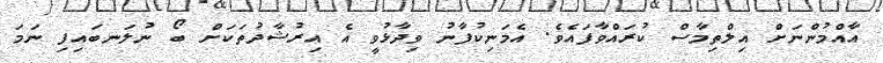
އާއްމުންނަށް އިލްތިމާސް ކުރައްވާފައެވެ. އެމަނިކުފާނު ވިދާޅުވީ އެ އިރުޝާދުތަކަށް ބޯ ނުލަނބައިފި ނަމަ